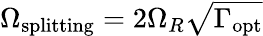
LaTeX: \Omega_{\mathrm{splitting}}=2\Omega_{R}\sqrt{\Gamma_{\mathrm{opt}}}